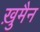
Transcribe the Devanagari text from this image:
ख़ुमैन